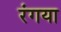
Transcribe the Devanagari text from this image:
रंगया